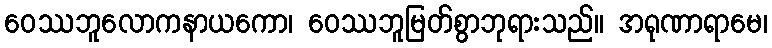
ဝေဿဘူလောကနာယကော၊ ဝေဿဘူမြတ်စွာဘုရားသည်။ အရုဏာရာမေ၊